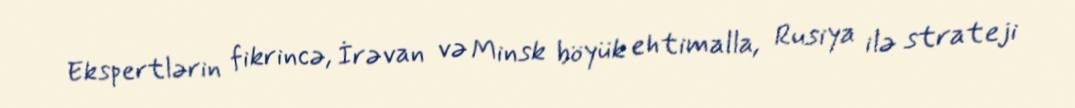
Ekspertlərin fikrincə, İrəvan və Minsk böyük ehtimalla, Rusiya ilə strateji